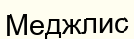
Меджлис